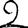
Digit: 2